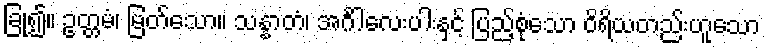
ခြုံ၍။ ဥတ္တမံ၊ မြတ်သော။ သန္နာတံ၊ အင်္ဂါလေးပါးနှင့် ပြည့်စုံသော ဝိရိယတည်းဟူသော